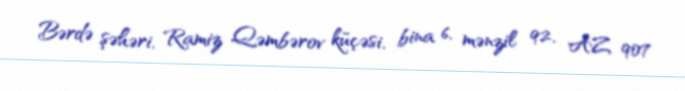
Bərdə şəhəri, Ramiz Qəmbərov küçəsi, bina 6, mənzil 92, AZ 907